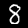
Label: 8